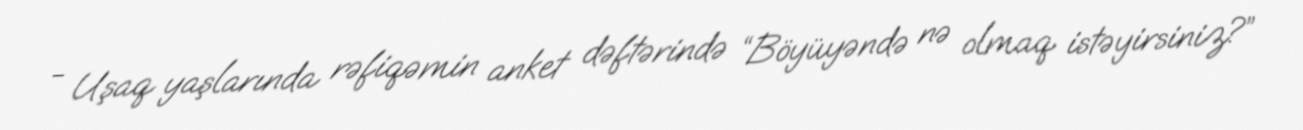
- Uşaq yaşlarında rəfiqəmin anket dəftərində “Böyüyəndə nə olmaq istəyirsiniz?”